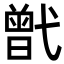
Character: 𢎒